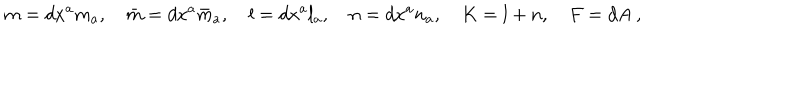
m = d x ^ { a } m _ { a } , \quad \bar { m } = d x ^ { a } \bar { m } _ { a } , \quad l = d x ^ { a } l _ { a } , \quad n = d x ^ { a } n _ { a } , \quad K = l + n , \quad F = d A \ ,